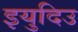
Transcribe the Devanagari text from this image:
इयुदिउ